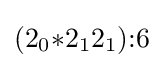
(2_{0}{*}2_{1}2_{1}){:}6